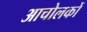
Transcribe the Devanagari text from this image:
आचोलकों